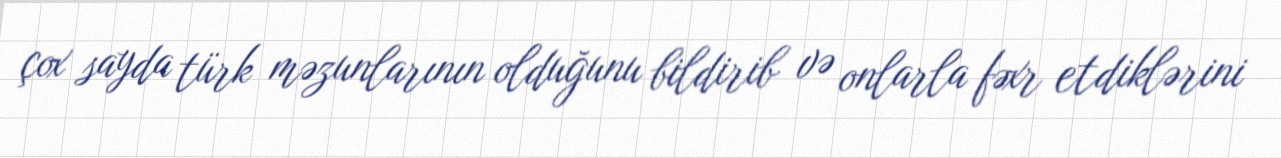
çox sayda türk məzunlarının olduğunu bildirib və onlarla fəxr etdiklərini